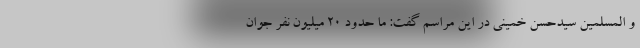
و المسلمین سیدحسن خمینی در این مراسم گفت: ما حدود ۲۰ میلیون نفر جوان